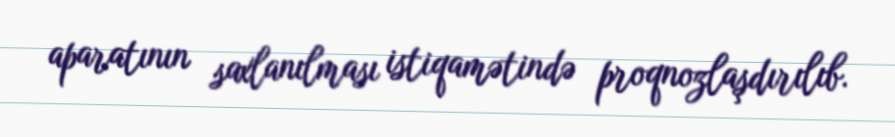
aparatının saxlanılması istiqamətində proqnozlaşdırılıb.